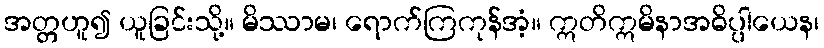
အတ္တဟူ၍ ယူခြင်းသို့။ မိဿာမ၊ ရောက်ကြကုန်အံ့။ ဣတိဣမိနာအဓိပ္ပါယေန၊